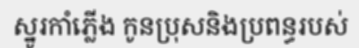
ស្នូរកាំភ្លើង កូនប្រុសនិងប្រពន្ធរបស់